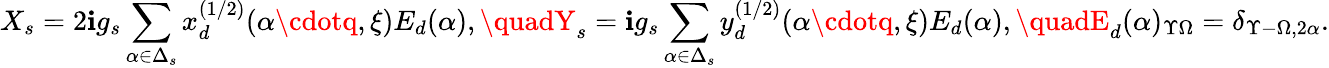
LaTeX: X_{s}=2\mathbf{i}g_{s}\sum_{\alpha\in\Delta_{s}}x_{d}^{(1/2)}(\alpha\cdotq,\xi)E_{d}(\alpha),\quadY_{s}=\mathbf{i}g_{s}\sum_{\alpha\in\Delta_{s}}y_{d}^{(1/2)}(\alpha\cdotq,\xi)E_{d}(\alpha),\quadE_{d}(\alpha)_{\Upsilon\Omega}=\delta_{\Upsilon-\Omega,2\alpha}.